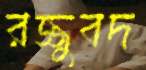
রজ্জুবদ